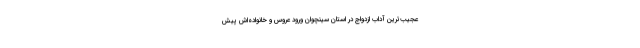
عجیب‌ترین آداب ازدواج در استان سینچوان ورود عروس و خانواده‌اش پیش